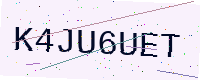
Text: K4JU6UET